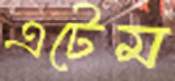
এটেম